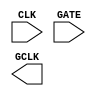
module sky130_fd_sc_lp__dlclkp (
    //# {{clocks|Clocking}}
    input  CLK ,
    input  GATE,
    output GCLK
);

    // Voltage supply signals
    supply1 VPWR;
    supply0 VGND;
    supply1 VPB ;
    supply0 VNB ;

endmodule